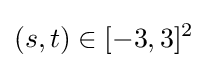
(s,t)\in [-3,3]^{2}